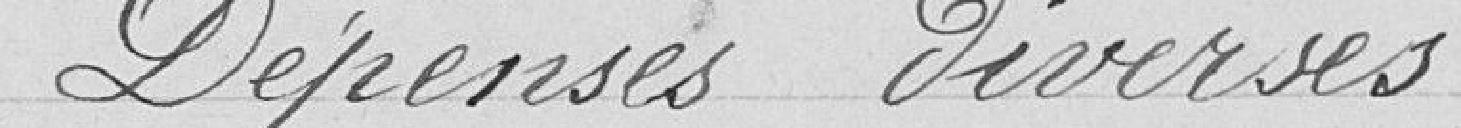
Dépenses diverses